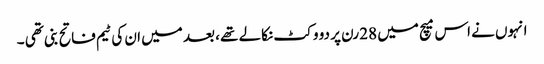
انہوں نے اس میچ میں 28 رن پر دو وکٹ نکالے تھے ، بعد میں ان کی ٹیم فاتح بنی تھی ۔